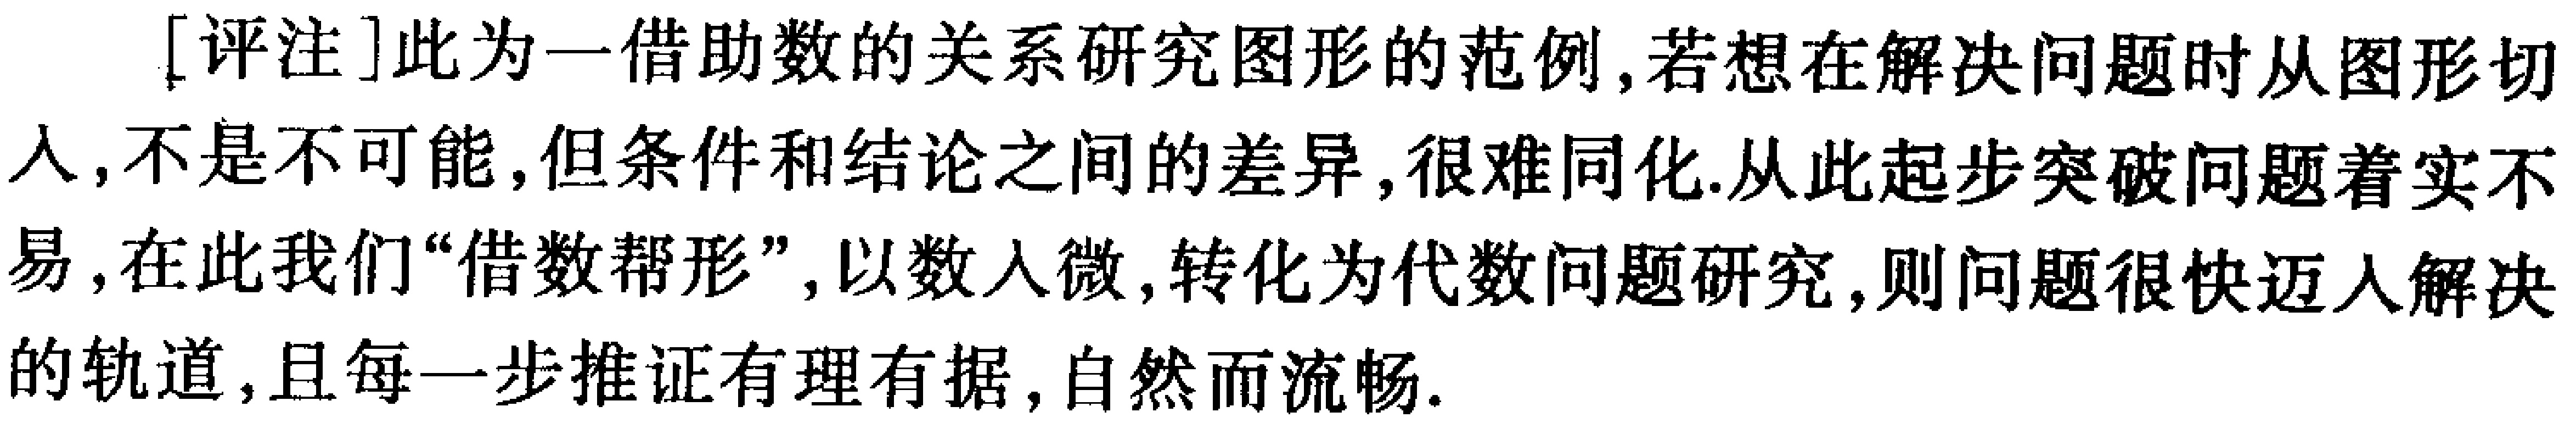
[评注]此为一借助数的关系研究图形的范例,若想在解决问题时从图形切入,不是不可能,但条件和结论之间的差异,很难同化.从此起步突破问题着实不易,在此我们“借数帮形”,以数入微,转化为代数问题研究,则问题很快迈入解决的轨道,且每一步推证有理有据,自然而流畅.